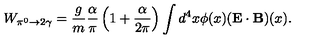
W _ { \pi ^ { 0 } \to 2 \gamma } = \frac { g } { m } \frac { \alpha } { \pi } \left( 1 + \frac { \alpha } { 2 \pi } \right) \int d ^ { 4 } x \phi ( x ) ( \mathbf { E \cdot B } ) ( x ) .